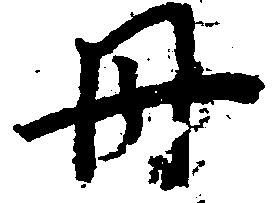
丹